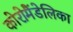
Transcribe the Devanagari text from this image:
कोरोमैंडेलिका